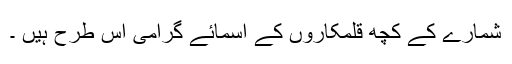
شمارے کے کچھ قلمکاروں کے اسمائے گرامی اس طرح ہیں ۔